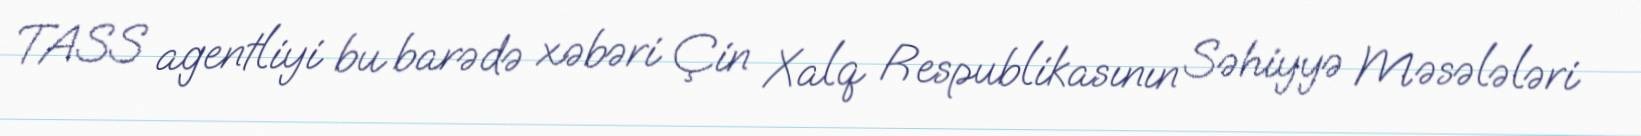
TASS agentliyi bu barədə xəbəri Çin Xalq Respublikasının Səhiyyə Məsələləri